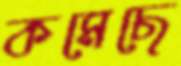
কমেছে